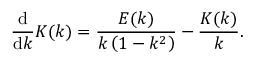
{ \frac { \mathrm { d } } { \mathrm { d } k } } K ( k ) = { \frac { E ( k ) } { k \left( 1 - k ^ { 2 } \right) } } - { \frac { K ( k ) } { k } } .